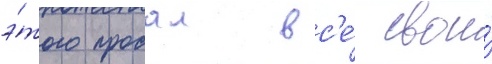
э́того продал вс'е́ свои́